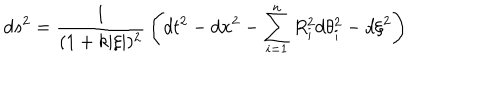
d s ^ { 2 } = { \frac { 1 } { ( 1 + k | \xi | ) ^ { 2 } } } \left( d t ^ { 2 } - d { \bf x } ^ { 2 } - \sum _ { i = 1 } ^ { n } R _ { i } ^ { 2 } d \theta _ { i } ^ { 2 } - d \xi ^ { 2 } \right)